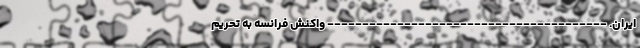
ایران. ---------------------------------------- واکنش فرانسه به تحریم